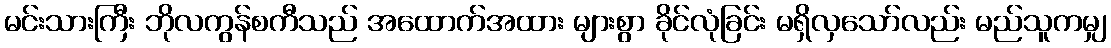
မင်းသားကြီး ဘိုလကွန်စကီသည် အထောက်အထား များစွာ ခိုင်လုံခြင်း မရှိလှသော်လည်း မည်သူကမျှ